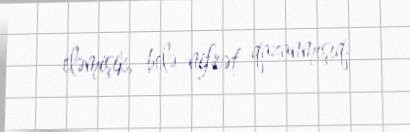
eləmişik, belə nifrət qazanmışıq.